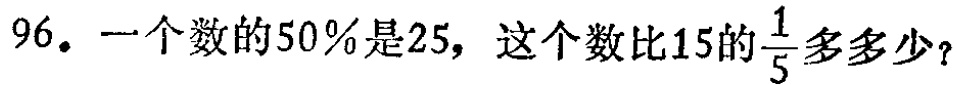
96. 一个数的50%是25，这个数比15的$\frac{1}{5}$多多少？